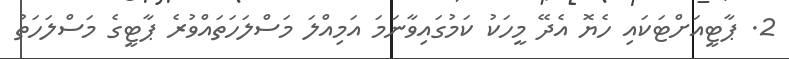
2. ޕާޓީއަށްޓަކައި ހެޔޮ އެދޭ މީހަކު ކަމުގައިވާނަމަ އަމިއްލަ މަސްލަހަތައްވުރެ ޕާޓީގެ މަސްލަހަތު